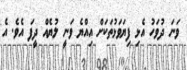
ވަނަ ދުވަހު އެޅި ފިޔަވަޅުތަކަށް އިއްޔެ ވަނީ ލުޔެއް ދީފަ އެވެ. އެ